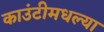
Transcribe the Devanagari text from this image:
काउंटीमधल्या